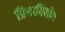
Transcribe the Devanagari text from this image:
प्रियावियोग